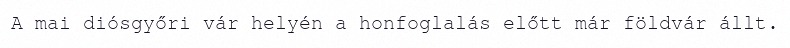
A mai diósgyőri vár helyén a honfoglalás előtt már földvár állt.